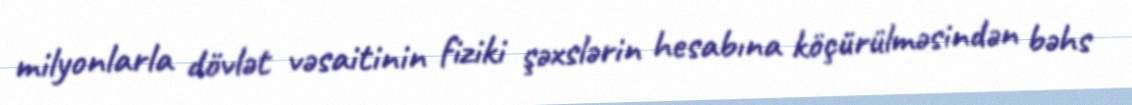
milyonlarla dövlət vəsaitinin fiziki şəxslərin hesabına köçürülməsindən bəhs